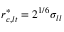
r _ { c , l t } ^ { * } = 2 ^ { 1 / 6 } \sigma _ { l l }